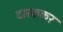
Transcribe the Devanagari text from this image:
दमककर